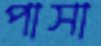
পাসা